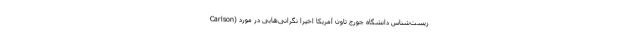
Carlson) زیست‌شناس دانشگاه جورج تاون آمریکا اخیرا نگرانی‌هایی در مورد